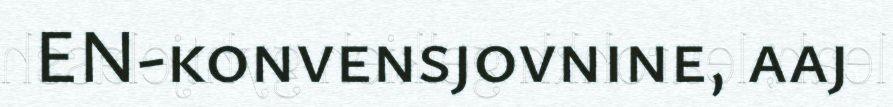
EN-konvensjovnine, aaj